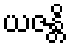
ယဇန္တိ